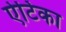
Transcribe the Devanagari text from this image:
ऐटिका